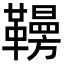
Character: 𩍗